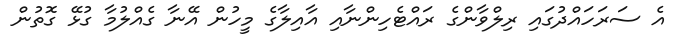
އެ ސަރަހައްދުގައި ރިލްވާންގެ ރައްޓެހިންނާއި އާއިލާގެ މީހުން އޭނާ ގެއްލުމާ ގުޅޭ ގޮތުން